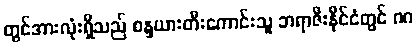
တွင်အားလုံးရှိသည် စန္ဒယားတီးကောင်းသူ ဘရာဇီးနိုင်ငံတွင် ဂဂ